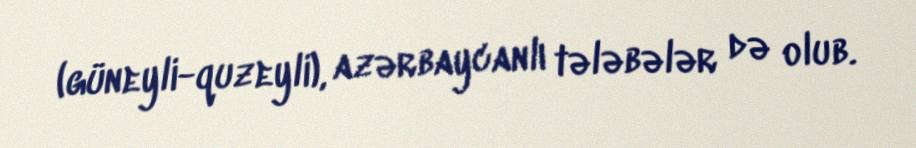
(güneyli-quzeyli), azərbaycanlı tələbələr də olub.